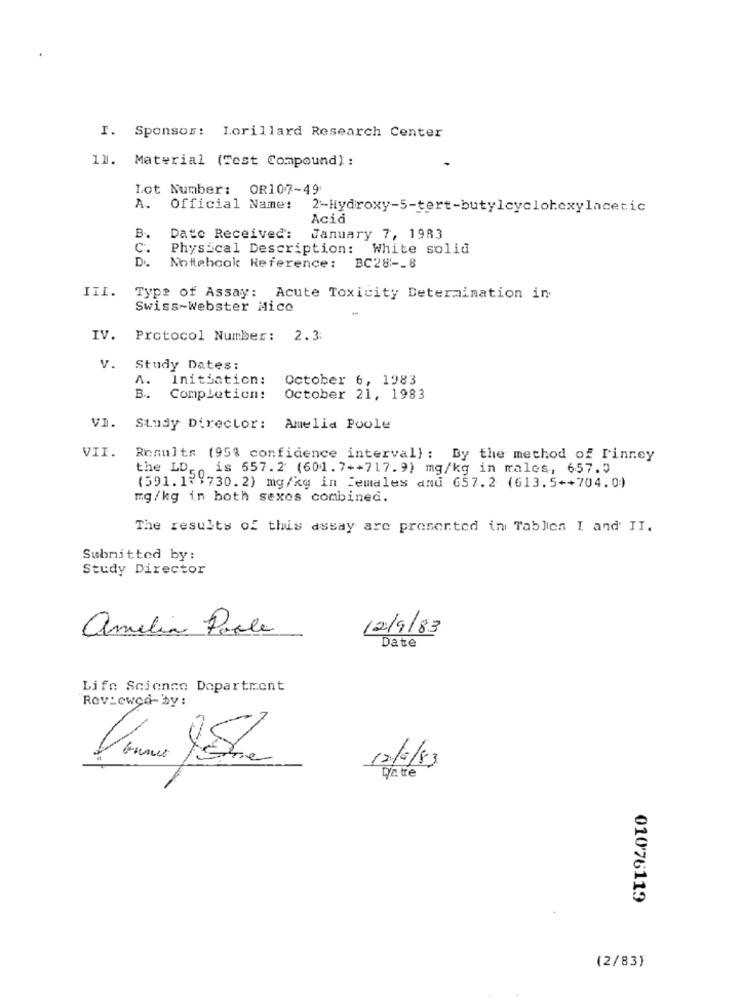
I. Sponsor: Lorillard Research Center
11. Material (Test Compound) :
Lot Number: OR107-49:
A.
Official Name:
2-Hydroxy-5-tert-butylcyclohexylacetic
Acid
B ..
Date Received':
January 7, 1983
C.
Physical Description:
White solid
DI
Notebook Reference:
BC28 :-_ 8
III.
Type of Assay: Acute Toxicity Determination in
Swiss-Webster Mico
IV. Protocol Number: 2.3:
v.
Study Dates:
A.
Initiation:
October 6, 1983
B ..
Completion:
October 21, 1983
VI. Study Director: Amelia Poole
VII.
Results (95% confidence interval) : By the method of Finney
the LD ,, is 557.2 (601.7++717. 9) mg/kg in males, 657.5
(591.179730. 2) mg/kg in females and 657.2 (613.5++704.0)
mg/kg in both sexes combined.
The results of this assay are presented in Tables I and II.
Submitted by:
Study Director
amelia Poole
12/9/83
Date
Life Science Department
Reviewca-by :
12/4/83
De tre
010'76119
(2/83)